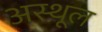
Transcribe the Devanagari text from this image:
अस्थूल